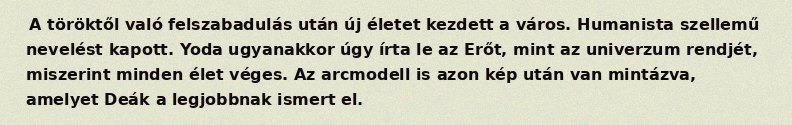
A töröktől való felszabadulás után új életet kezdett a város. Humanista szellemű nevelést kapott. Yoda ugyanakkor úgy írta le az Erőt, mint az univerzum rendjét, miszerint minden élet véges. Az arcmodell is azon kép után van mintázva, amelyet Deák a legjobbnak ismert el.